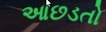
આછડતો